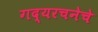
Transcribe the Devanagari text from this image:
गद्यरचनेचे